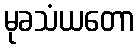
မုခသံယတော